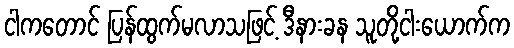
ငါကတောင် ပြန်ထွက်မလာသဖြင့် ဒီနားခန သူတို့ငါးယောက်က